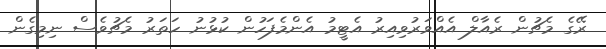
ރޭގެ މެޗުން ރެއާލް އެއްވަރުވިއިރު އެޓީމު އެންމެފަހުން ކުޅުނު ހަތަރު މެޗުވެސް ނިމިގެން